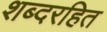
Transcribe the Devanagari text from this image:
शब्दरहित